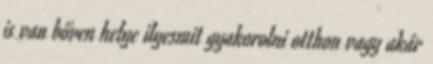
is van bőven helye ilyesmit gyakorolni otthon vagy akár